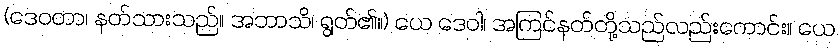
(ဒေဝတာ၊ နတ်သားသည်။ အဘာသိ၊ ရွတ်၏။) ယေ ဒေဝါ၊ အကြင်နတ်တို့သည်လည်းကောင်း။ ယေ